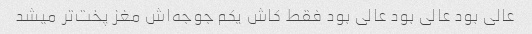
عالی بود عالی بود عالی بود فقط کاش یکم جوجه‌اش مغز پخت‌تر میشد